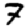
Digit: 7